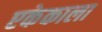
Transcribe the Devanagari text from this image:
एकेकाला